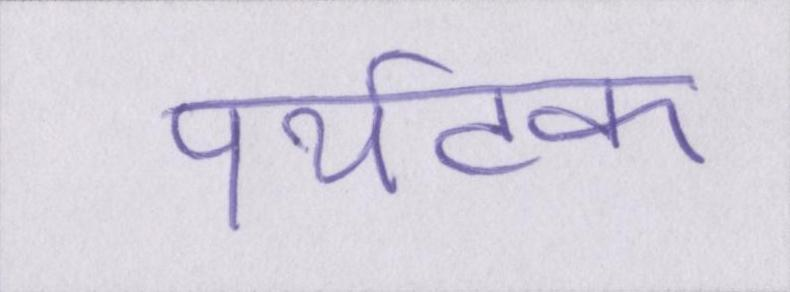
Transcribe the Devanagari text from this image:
पर्यटक